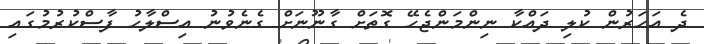
ދެ އަހަރުން ކުލި ދައްކާ ނިންމަންޖެހޭ ގޮތަށް ގާނޫނަށް ގެނެވުނު އިސްލާހު ފާސްކުރުމުގައި